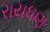
રાયધણ